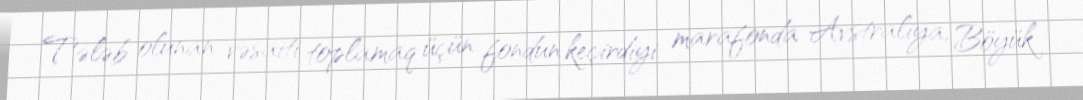
Tələb olunan vəsaiti toplamaq üçün fondun keçirdiyi marafonda Avstraliya, Böyük